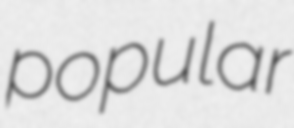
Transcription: popular